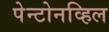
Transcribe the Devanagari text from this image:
पेन्टोनव्हिल